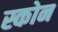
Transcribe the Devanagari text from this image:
स्कोन